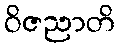
ဝိဇညာတိ